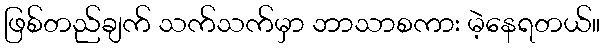
ဖြစ်တည်ချက် သက်သက်မှာ ဘာသာစကား မဲ့နေရတယ်။